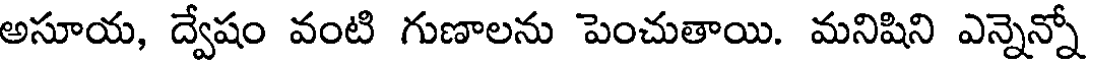
అసూయ, ద్వేషం వంటి గుణాలను పెంచుతాయి. మనిషిని ఎన్నెన్నో